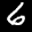
Digit: 6